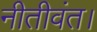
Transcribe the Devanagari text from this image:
नीतीवंत।